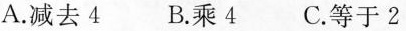
A.减去4 B.乘4 C.等于2